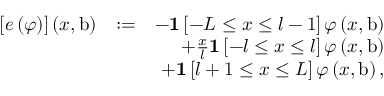
\begin{array} { r l r } { \left[ e \left( \varphi \right) \right] \left( x , \mathrm { b } \right) } & { : = } & { - \mathbf { 1 } \left[ - L \leq x \leq l - 1 \right] \varphi \left( x , \mathrm { b } \right) } \\ & { } & { + \frac { x } { l } \mathbf { 1 } \left[ - l \leq x \leq l \right] \varphi \left( x , \mathrm { b } \right) } \\ & { } & { + \mathbf { 1 } \left[ l + 1 \leq x \leq L \right] \varphi \left( x , \mathrm { b } \right) , } \end{array}